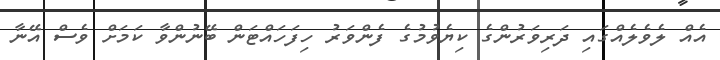
އެއް ލެވެލެއްގައި ދަރިވަރުންގެ ކިޔެވުމުގެ ފެންވަރު ހިފަހައްޓަން ބޭނުންވާ ކަމަށް ވެސް އޭނާ